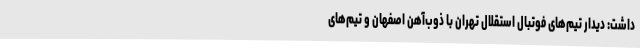
داشت: دیدار تیم‌های فوتبال استقلال تهران با ذوب‌آهن اصفهان و تیم‌های